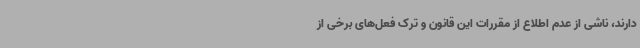
دارند، ناشی از عدم اطلاع از مقررات این قانون و ترک فعل‌های برخی از